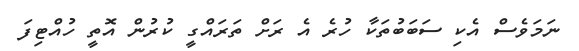
ނަމަވެސް އެކި ސަބަބުތަކާ ހުރެ އެ ރަށް ތަރައްގީ ކުރުން އޮތީ ހުއްޓިފަ